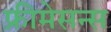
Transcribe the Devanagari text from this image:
फ्रीमेसन्स